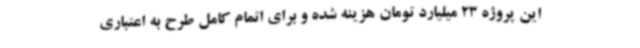
این پروژه 23 میلیارد تومان هزینه شده و برای اتمام کامل طرح به اعتباری